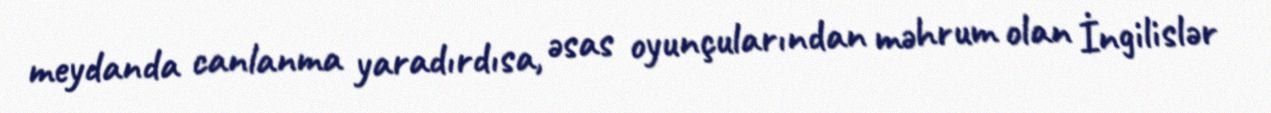
meydanda canlanma yaradırdısa, əsas oyunçularından məhrum olan İngilislər